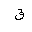
Letter: _qaf